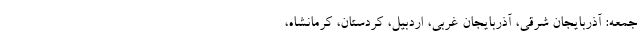
جمعه: آذربایجان شرقی، آذربایجان غربی، اردبیل، کردستان، کرمانشاه،